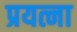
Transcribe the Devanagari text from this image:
प्रयत्ना